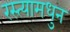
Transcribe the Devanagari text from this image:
रस्त्यामधुन